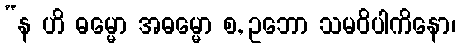
“န ဟိ ဓမ္မော အဓမ္မော စ, ဥဘော သမဝိပါကိနော၊